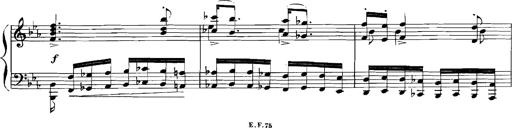
Title: Rhapsodies hongroises
Composer: Franz Liszt